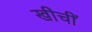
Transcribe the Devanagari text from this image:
खीचीं